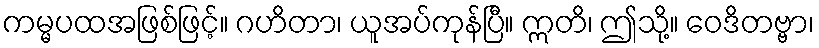
ကမ္မပထအဖြစ်ဖြင့်။ ဂဟိတာ၊ ယူအပ်ကုန်ပြီ။ ဣတိ၊ ဤသို့။ ဝေဒိတဗ္ဗာ၊